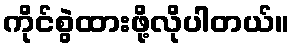
ကိုင်စွဲထားဖို့လိုပါတယ်။